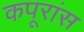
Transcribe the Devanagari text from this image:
कपूरांस